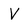
Character: V